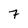
Character: 7